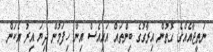
ނަތީޖާއެއްގެ ގޮތުން އިރާގުގެ ބިންތައް އައިއެސް އިން ހިފަމުން ދިޔަ އިރު އެކަން